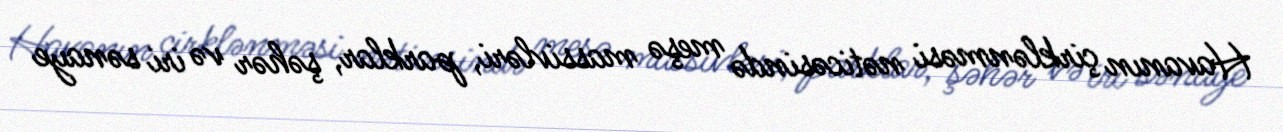
Havanın çirklənməsi nəticəsində meşə massivləri, parklar, şəhər və iri sənaye